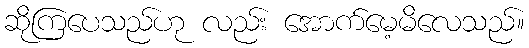
ဆိုကြပေသည်ဟု လည်း အောက်မေ့မိလေသည်။